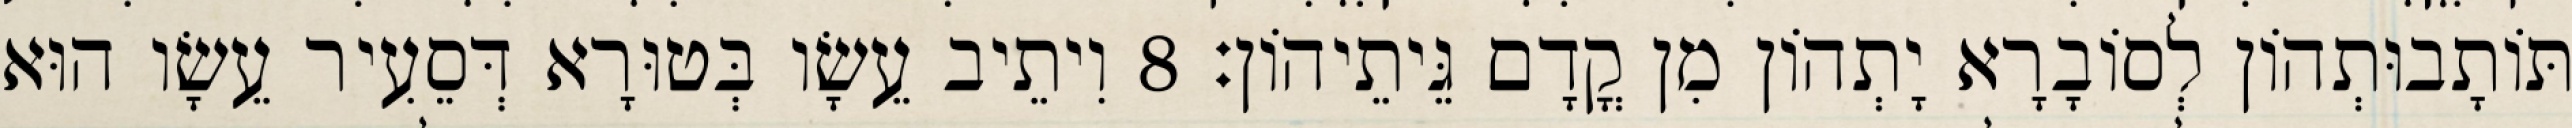
תּוֹתָבוּתְהוֹן לְסוֹבָרָא יָתְהוֹן מִן קֳדָם גֵּיתֵיהוֹן׃ 8 וִיתֵיב עֵשָׂו בְּטוּרָא דְּסֵעִיר עֵשָׂו הוּא